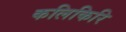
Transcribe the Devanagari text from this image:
कलिकिरि